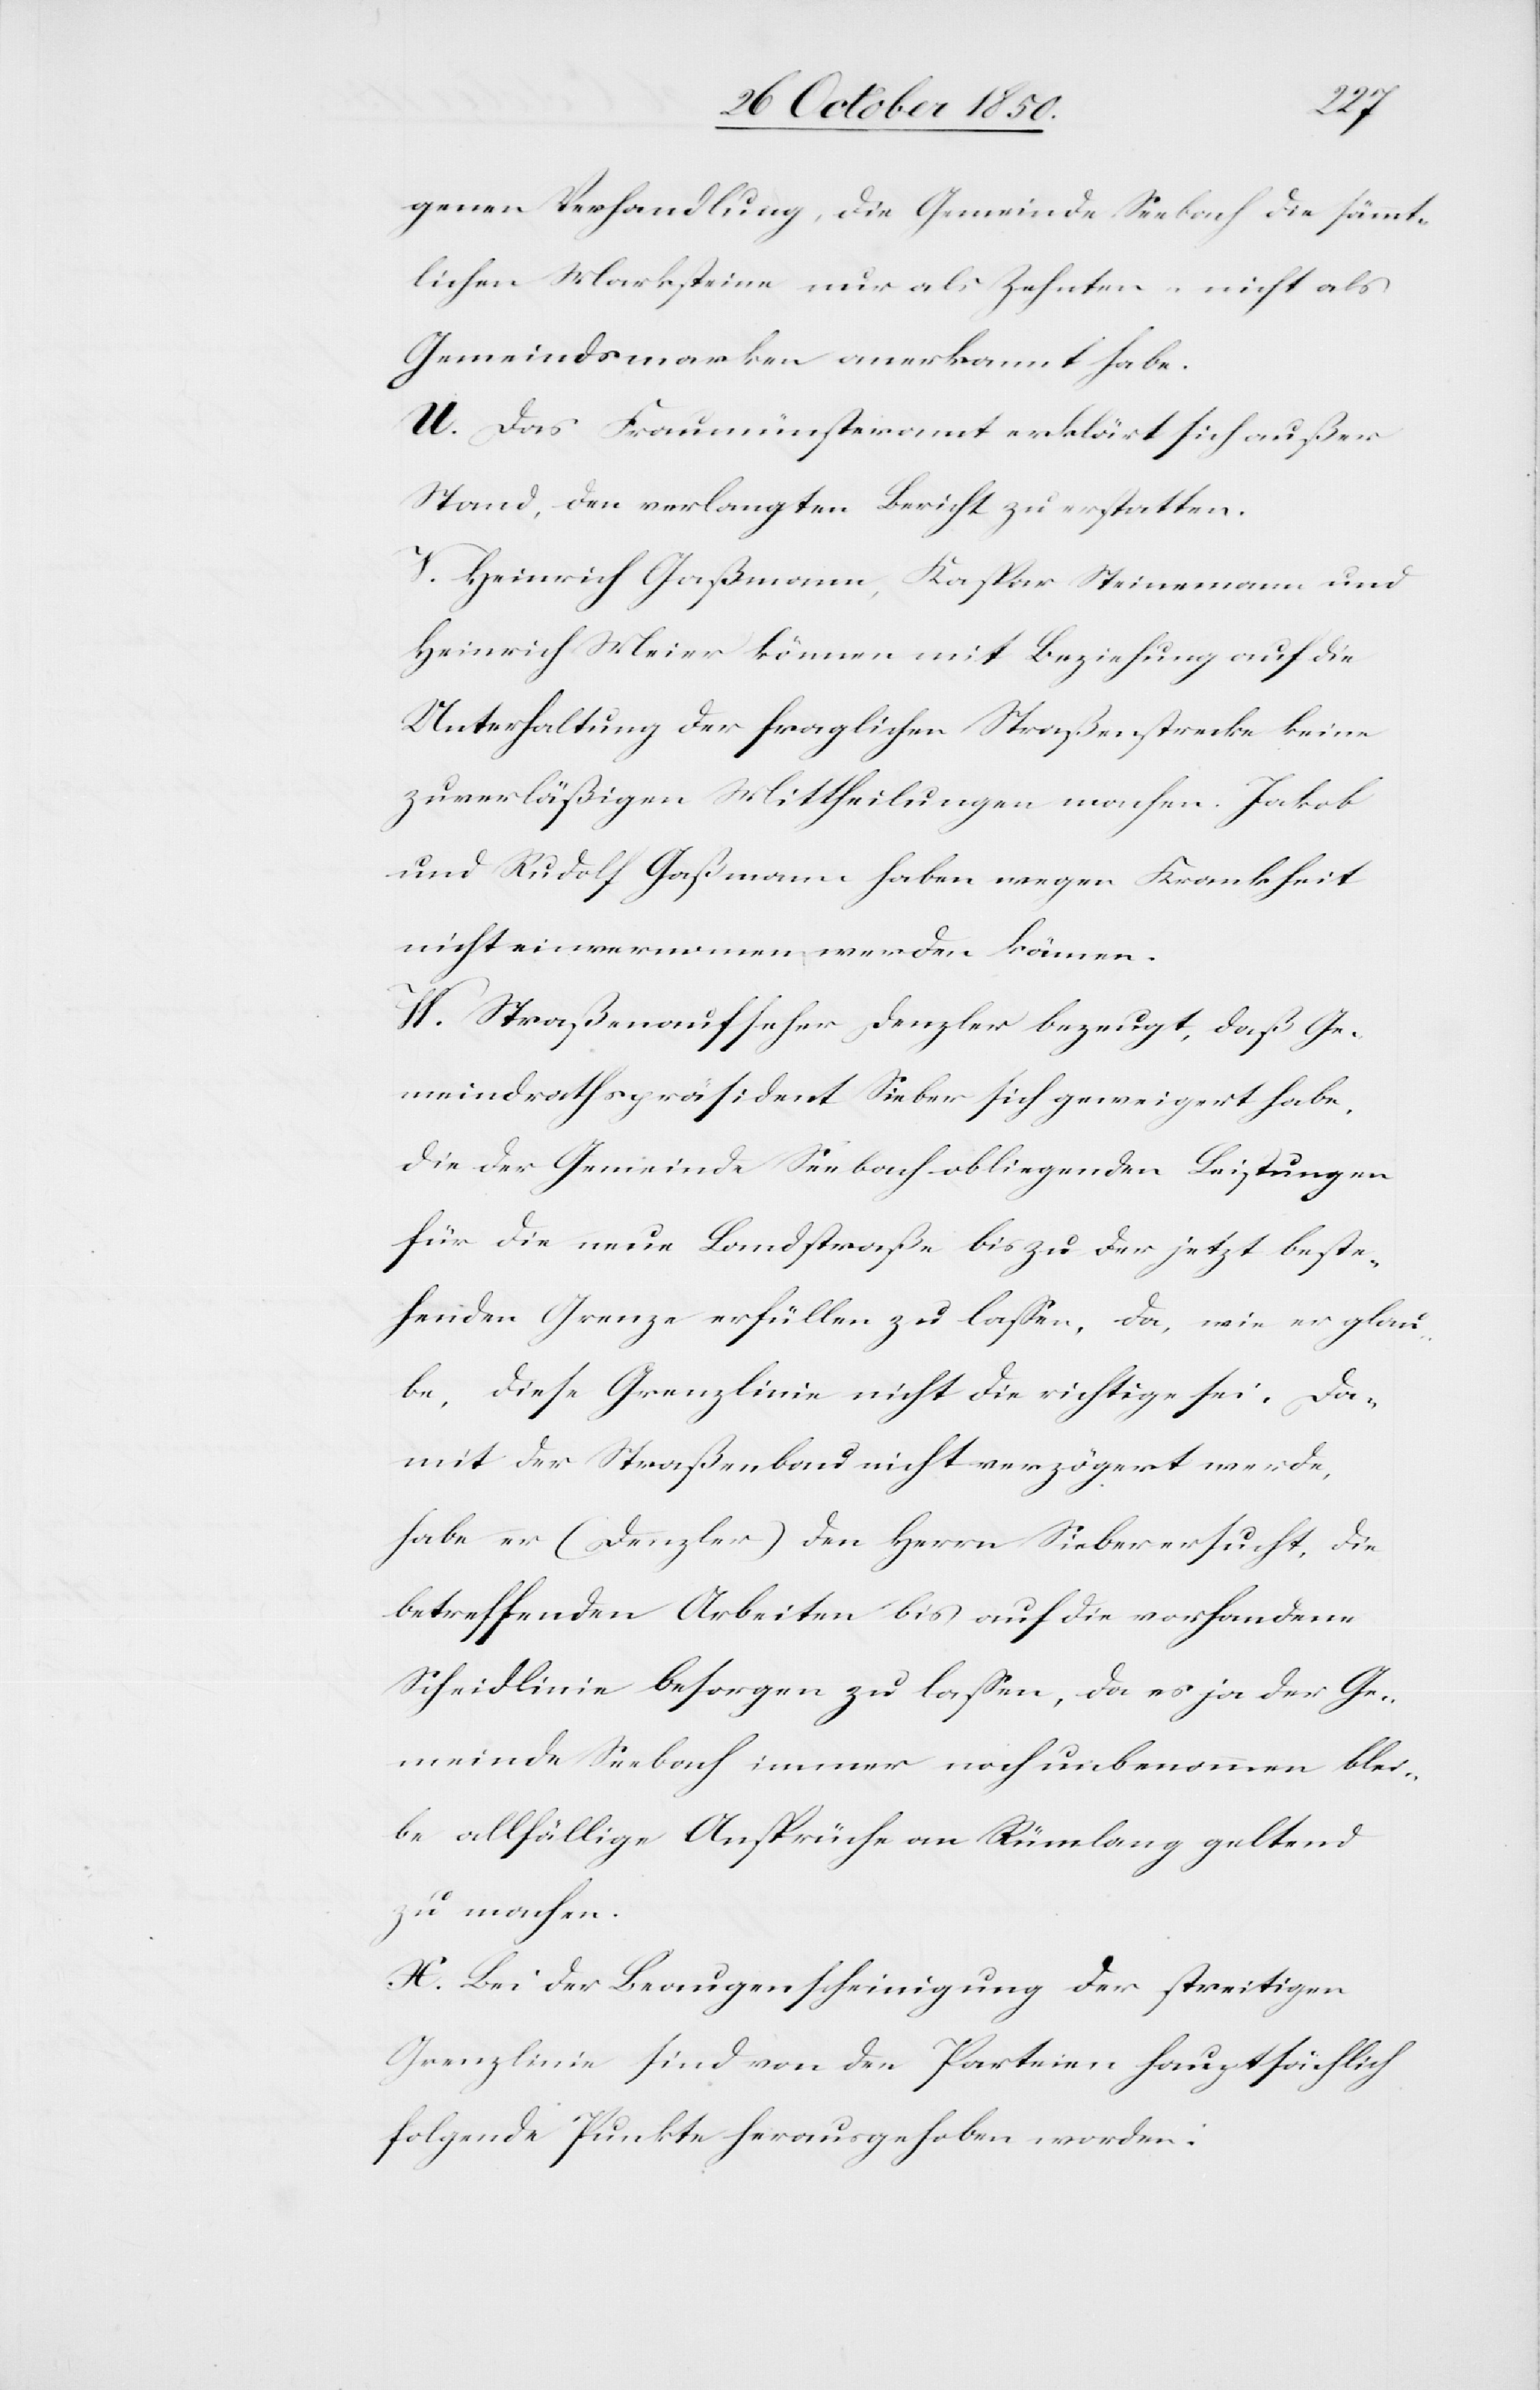
genen Verhandlung, die Gemeinde Seebach die sämmt¬
lichen Marksteine nur als Zehnten- nicht als
Gemeindsmarken anerkannt habe.
U. Das Fraumünsteramt erklärt sich außer
Stand, den verlangten Bericht zu erstatten.
V. Heinrich Gaßmann, Kaspar Steinemann und
Heinrich Meier können mit Beziehung auf die
Unterhaltung der fraglichen Straßenstrecke keine
zuverläßigen Mittheilungen machen. Jakob
und Rudolf Gaßmann haben wegen Krankheit
nicht einvernomen werden können.
W. Straßenaufseher Denzler bezeugt, daß Ge¬
meindrathspräsident Sieber sich geweigert habe,
die der Gemeinde Seebach obliegenden Leistungen
für die neue Landstraße bis zu der jetzt beste¬
henden Grenze erfüllen zu lassen, da, wie er glau¬
be, diese Grenzlinie nicht die richtige sei. Da¬
mit der Straßenbau nicht verzögert werde,
habe er (Denzler) den Herrn Sieber ersucht, die
betreffenden Arbeiten bis auf die vorhandene
Scheidlinie besorgen zu lassen, da es ja der Ge¬
meinde Seebach immer noch unbenommen blei¬
be allfällige Ansprüche an Rümlang geltend
zu machen.
X. Bei der Beaugenscheinigung der streitigen
Grenzlinie sind von den Parteien hauptsächlich
folgend Punkte herausgehoben worden: